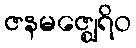
ဇနမဇ္ဈေရိဝ